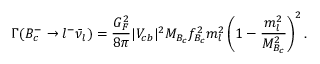
\Gamma ( B _ { c } ^ { - } \rightarrow l ^ { - } { \bar { \nu } _ { l } } ) = \frac { G _ { F } ^ { 2 } } { 8 \pi } | V _ { c b } | ^ { 2 } M _ { B _ { c } } f _ { B _ { c } } ^ { 2 } m _ { l } ^ { 2 } \left( 1 - \frac { m _ { l } ^ { 2 } } { M _ { B _ { c } } ^ { 2 } } \right) ^ { 2 } .